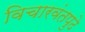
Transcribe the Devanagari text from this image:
विचारवंतपुढे